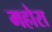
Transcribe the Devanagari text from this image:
महोरा